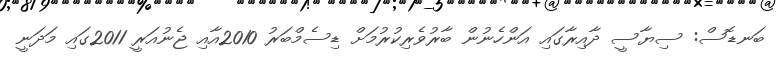
ބަނޑޮސް: ސިޔާސީ ދާއިރާގައި އަންހެނުން ބާރުވެރިކުރުމަށް ޑިސެމްބަރު 2010އާއި ޖެނުއަރީ 2011ގައި މަދަނީ